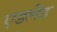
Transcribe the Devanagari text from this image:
एडलेड